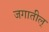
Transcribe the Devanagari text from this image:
जगातील्